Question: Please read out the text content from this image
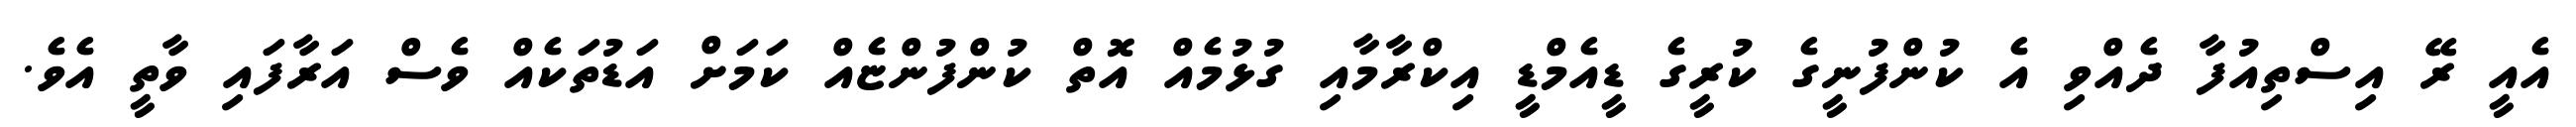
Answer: އެއީ ރޭ އިސްތިއުފާ ދެއްވި އެ ކުންފުނީގެ ކުރީގެ ޑީއެމްޑީ އިކްރާމާއި ގުޅުމެއް އޮތް ކުންފުންޏެއް ކަމަށް އަޑުތަކެއް ވެސް އަރާފައި ވާތީ އެވެ.